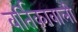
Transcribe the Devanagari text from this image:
वर्तिकावाली